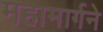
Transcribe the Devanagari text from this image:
महामार्गने